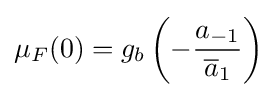
\mu _{F}(0)=g_{b}\left(-{a_{-1} \over {\overline {a}}_{1}}\right)